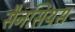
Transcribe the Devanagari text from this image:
सैनसियस